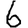
Digit: 6